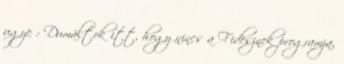
ugye : Dumáltok itt, hogy nincs a Fidesznek programja,